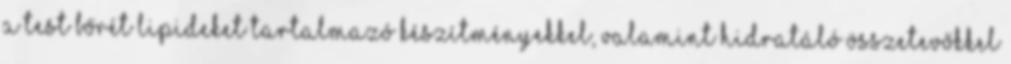
a test bőrét lipideket tartalmazó készítményekkel, valamint hidratáló összetevőkkel